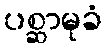
ပစ္ဆာမုခံ